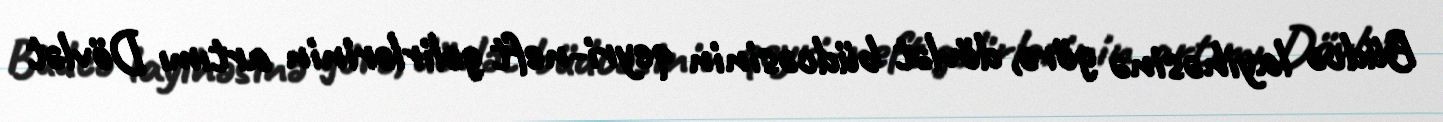
Büdcə layihəsinə görə, dövlət büdcəsinin qeyri-neft gəlirlərinin artımı Dövlət